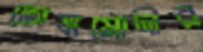
তোষামোদীর